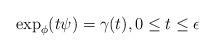
LaTeX: \begin{align*}\exp_\phi (t\psi)=\gamma(t), 0\leq t\leq\epsilon\end{align*}